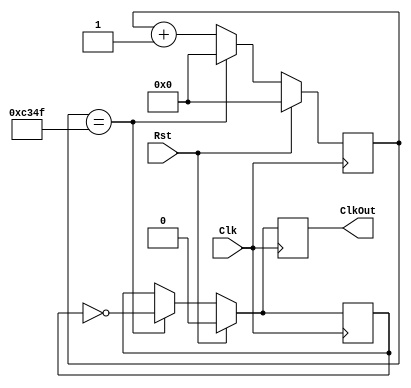
`timescale 1ns / 1ns

// Generate a 1 kHz clock from 50 MHz clock
module ClkDiv(Clk, Rst, ClkOut);

   input Clk, Rst;
   output reg ClkOut;
  
	parameter DivVal = 50000;
   reg[24:0] DivCnt;
   reg ClkInt;
	
   always @(posedge Clk) begin
      if( Rst == 1 )begin
         DivCnt <= 0;
         ClkOut <= 0;
         ClkInt <= 0;
      end
      else begin
         if( DivCnt == (DivVal-1) ) begin
            ClkOut <= ~ClkInt;
            ClkInt <= ~ClkInt;
            DivCnt <= 0;
         end
         else begin
            ClkOut <= ClkInt;
            ClkInt <= ClkInt;
            DivCnt <= DivCnt + 1;
         end
      end
   end
  endmodule